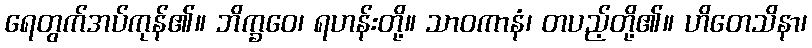
ရေတွက်အပ်ကုန်၏။ ဘိက္ခဝေ၊ ရဟန်းတို့။ သာဝကာနံ၊ တပည့်တို့၏။ ဟိတေသိနာ၊